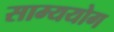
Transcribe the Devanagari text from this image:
साम्ययोग